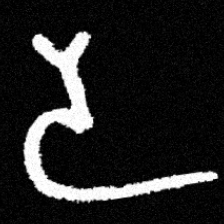
Pyu character \u2014 Myanmar letter: ဒ (romanized: da)